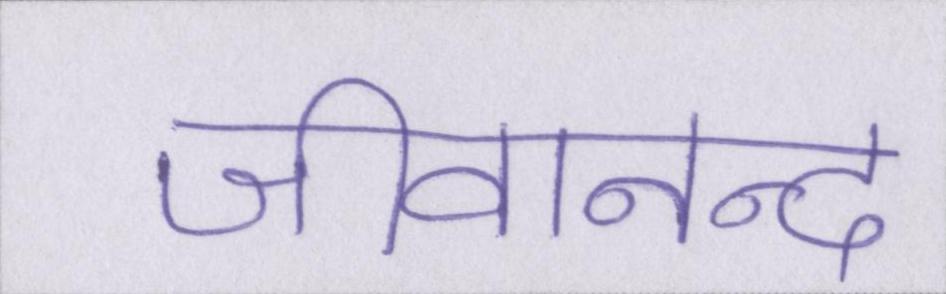
जीवानन्द